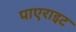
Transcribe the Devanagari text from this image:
पाएराइट